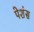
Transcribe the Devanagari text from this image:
पेशंस